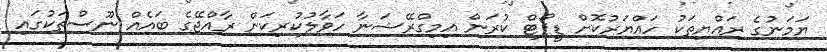
ޔަމަނުގެ ރައްޔިތަކު ހައްޔަރުކޮށް ޑީޕޯޓް ކުރަން އިމިގްރޭޝަނާ ހަވާލުކުރިކަން ރާއްޖޭގެ ބައެއް ނޫސްތަކުގައި